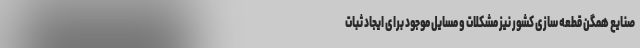
صنایع همگن قطعه سازی کشور نیز مشکلات و مسایل موجود برای ایجاد ثبات